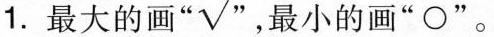
1.最大的画”√”，最小的画” o”。